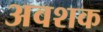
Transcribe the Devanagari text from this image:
अवशक